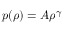
p ( \rho ) = A \rho ^ { \gamma }